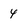
Character: 4